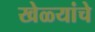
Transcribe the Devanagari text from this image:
खेळ्यांचे